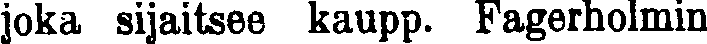
joka sijaitsee kaupp. Fagerholmin